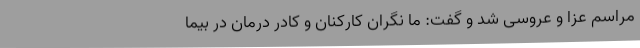
مراسم عزا و عروسی شد و گفت: ما نگران کارکنان و کادر درمان در بیما